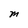
Character: M